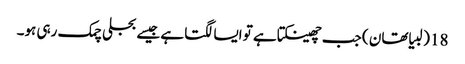
18 (لبیا تھان ) جب چھینکتا ہے تو ایسا لگتا ہے جیسے بجلی چمک رہی ہو۔